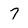
Character: 7